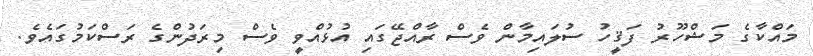
މައްކާގެ މަޝްހޫރު ފަޤީހު ސުލައިމާން ވެސް ރާއްޖޭގައި އުޅުއްވީ ވެސް މިރަދުންގެ ރަސްކަމުގައެވެ.